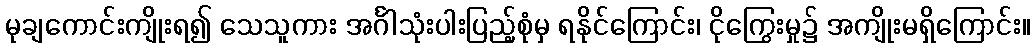
မုချကောင်းကျိုးရ၍ သေသူကား အင်္ဂါသုံးပါးပြည့်စုံမှ ရနိုင်ကြောင်း၊ ငိုကြွေးမှု၌ အကျိုးမရှိကြောင်း။